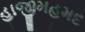
હાજીમહમદ